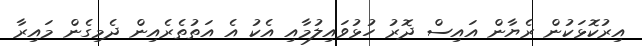
އިރުކޮޅަކުން ރެޔާން އައިސް ދޮރު ހުޅުވައިލުމާއި އެކު އެ އަތުތެރެއިން ދެމިގެން މައިރާ